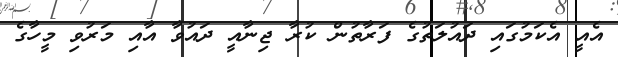
އެއީ އެކަމުގައި ދައުލަތުގެ ފަރާތުން ކުރާ ޖިނާއީ ދައުވާ އާއި މަރުވި މީހާގެ